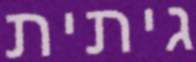
גיתית